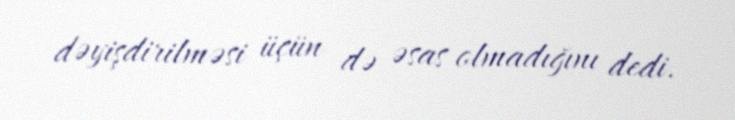
dəyişdirilməsi üçün də əsas olmadığını dedi.